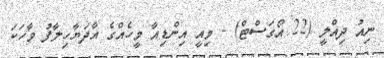
ނިއު ދިއްލީ (22 އޯގަސްޓް) - މިއީ އިންޑިއާ މީހެއްގެ އާދަޔާހިލާފު ވާހަކަ